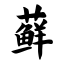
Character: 藓